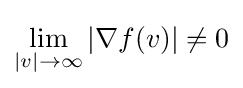
\lim _{|v|\to \infty }|\nabla f(v)|\neq 0